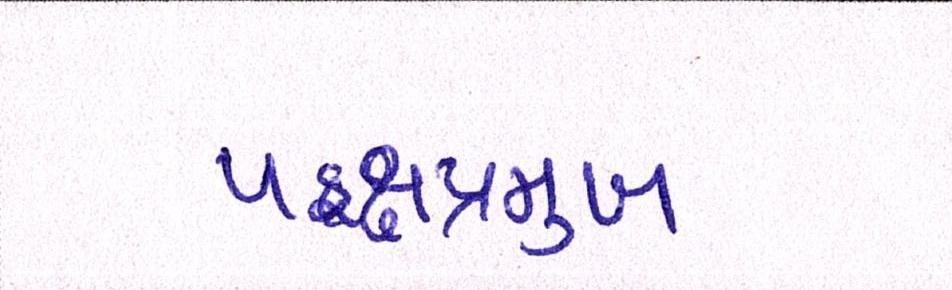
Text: પક્ષપ્રમુખ